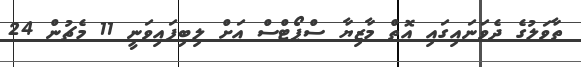
ތާވަލުގެ ދެވަނައިގައި އޮތް މާޒިޔާ ސްޕޯޓްސް އަށް ލިބިފައިވަނީ 11 މެޗުން 24